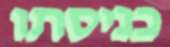
כניסתו